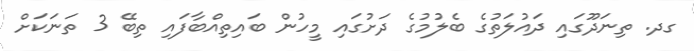
ގދ. ތިނަދޫގައި ދައުލަތުގެ ބެލުމުގެ ދަށުގައި މީހުން ބައިތިއްބާފައި ތިބޭ 3 ތަނަކަށް